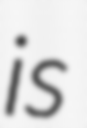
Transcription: is